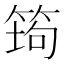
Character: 𰩿